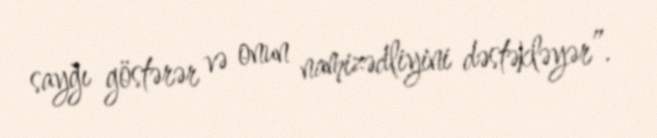
sayğı göstərər və onun namizədliyini dəstəkləyər”.